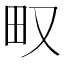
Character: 𤰖